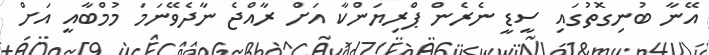
އޭނާ ބުނިގޮތުގައި ސީޑީ ނެރެން ޕްރިޔަންކާ އަށް ރާއްޖެ ނާދެވޭނަމަ މުމްބާއީ އަށް